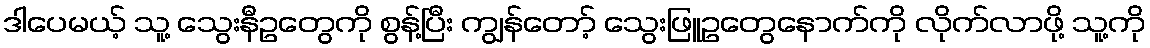
ဒါပေမယ့် သူ့ သွေးနီဥတွေကို စွန့်ပြီး ကျွန်တော့် သွေးဖြူဥတွေနောက်ကို လိုက်လာဖို့ သူ့ကို